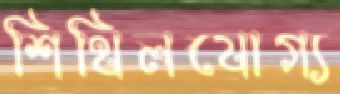
শিথিলযোগ্য